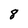
Character: 8